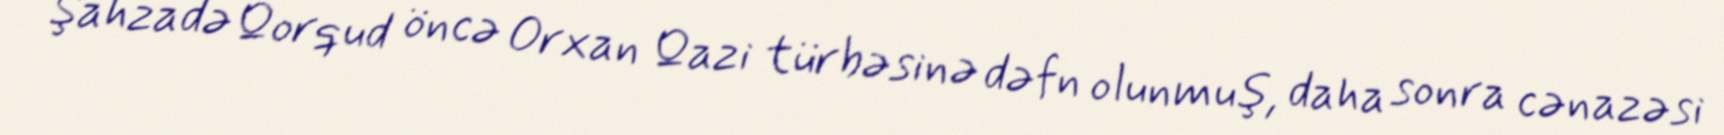
Şahzadə Qorqud öncə Orxan Qazi türbəsinə dəfn olunmuş, daha sonra cənazəsi